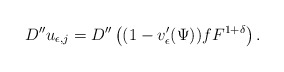
\begin{align*}D'' u_{\epsilon,j}=D''\left((1-v'_{\epsilon}(\Psi))fF^{1+\delta}\right).\end{align*}